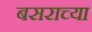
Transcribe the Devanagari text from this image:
बसराच्या